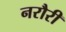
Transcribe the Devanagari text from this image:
नरौरी